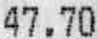
47.70